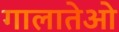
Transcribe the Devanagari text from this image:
गालातेओ